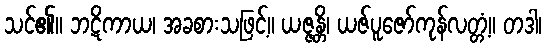
သင်၏။ ဘဋိကာယ၊ အခစားသဖြင့်။ ယဇ္ဇန္တိ၊ ယဇ်ပူဇော်ကုန်လတ္တံ့။ တဒါ၊